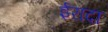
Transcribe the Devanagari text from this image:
ईरादा